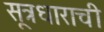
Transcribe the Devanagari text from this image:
सूत्रधाराची